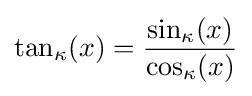
\tan _{\kappa }(x)={\frac {\sin _{\kappa }(x)}{\cos _{\kappa }(x)}}